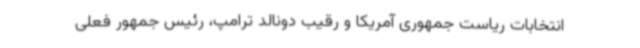
انتخابات ریاست جمهوری آمریکا و رقیب دونالد ترامپ، رئیس جمهور فعلی